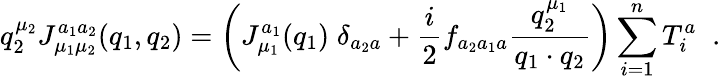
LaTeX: q_{2}^{\mu_{2}}J_{\mu_{1}\mu_{2}}^{a_{1}a_{2}}(q_{1},q_{2})=\left(J_{\mu_{1}}^{a_{1}}(q_{1})\; \delta_{a_{2}a}+\frac{i}{2}f_{a_{2}a_{1}a}\frac{q_{2}^{\mu_{1}}}{q_{1}\cdot q_{2}}\right)\sum_{i=1}^{n}T_{i}^{a}\; \; .